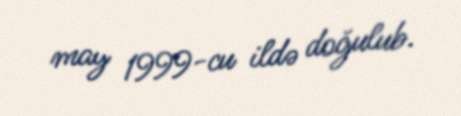
may 1999-cu ildə doğulub.